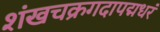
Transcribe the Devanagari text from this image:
शंखचक्रगदापद्मधरं